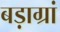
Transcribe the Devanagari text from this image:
बड़ाग्रां